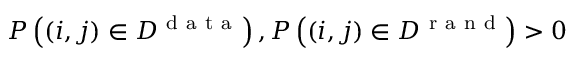
P \left( ( i , j ) \in { \cal D } ^ { \mathrm { ~ d ~ a ~ t ~ a ~ } } \right) , P \left( ( i , j ) \in { \cal D } ^ { \mathrm { ~ r ~ a ~ n ~ d ~ } } \right) > 0